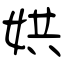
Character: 娂